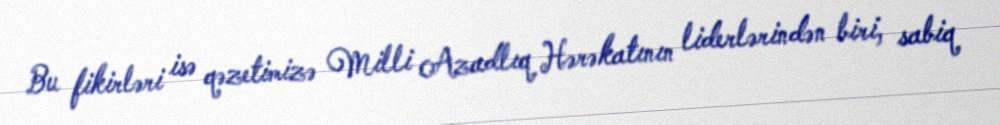
Bu fikirləri isə qəzetimizə Milli Azadlıq Hərəkatının liderlərindən biri, sabiq